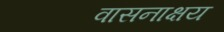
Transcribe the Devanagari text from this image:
वासनाक्षय